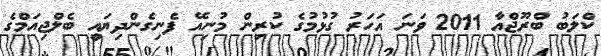
ކްލަބު ބްރޫޖްއާ 2011 ވަނަ އަހަރު ގުޅުމުގެ ކުރިން މުނިއޭ ފެނިގެންދިޔައީ ބެލްޖިއަމްގެ